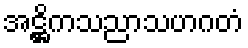
အဋ္ဌိကသညာသဟဂတံ